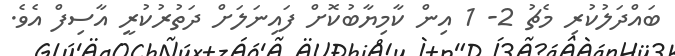
ބައްދަލުކުރި މެޗު 2- 1 އިން ކާމިޔާބުކޮށް ފައިނަލަށް ދަތުރުކުރީ އާސިފް އެވެ.